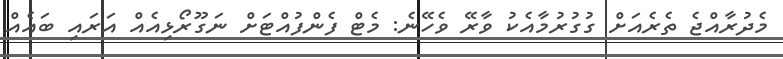
މެދުރާއްޖެ ތެރެއަށް ގުގުރުމާއެކު ވާރޭ ވެހޭނެ: މެޓް ފެންފުއްޓަށް ނަގޫރޯޅިއެއް އަރައި ބައެއް